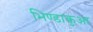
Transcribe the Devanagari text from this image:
भिण्डाकुआ